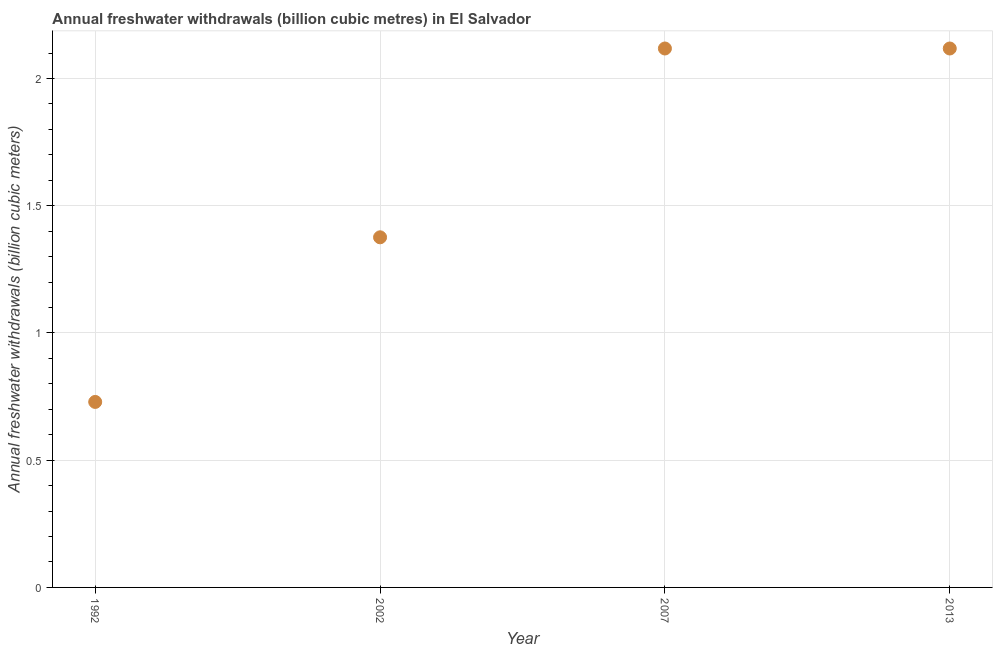
| Year | Annual freshwater withdrawals |
 | --- | --- |
 | 1992 | 0.729 |
 | 2002 | 1.38 |
 | 2007 | 2.12 |
 | 2013 | 2.12 |